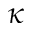
\kappa